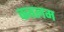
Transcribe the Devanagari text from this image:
कवलम